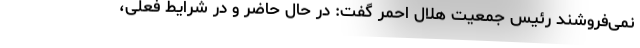
نمی‌فروشند رئیس جمعیت هلال احمر گفت: در حال حاضر و در شرایط فعلی،